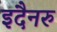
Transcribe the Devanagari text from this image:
इदैनरु